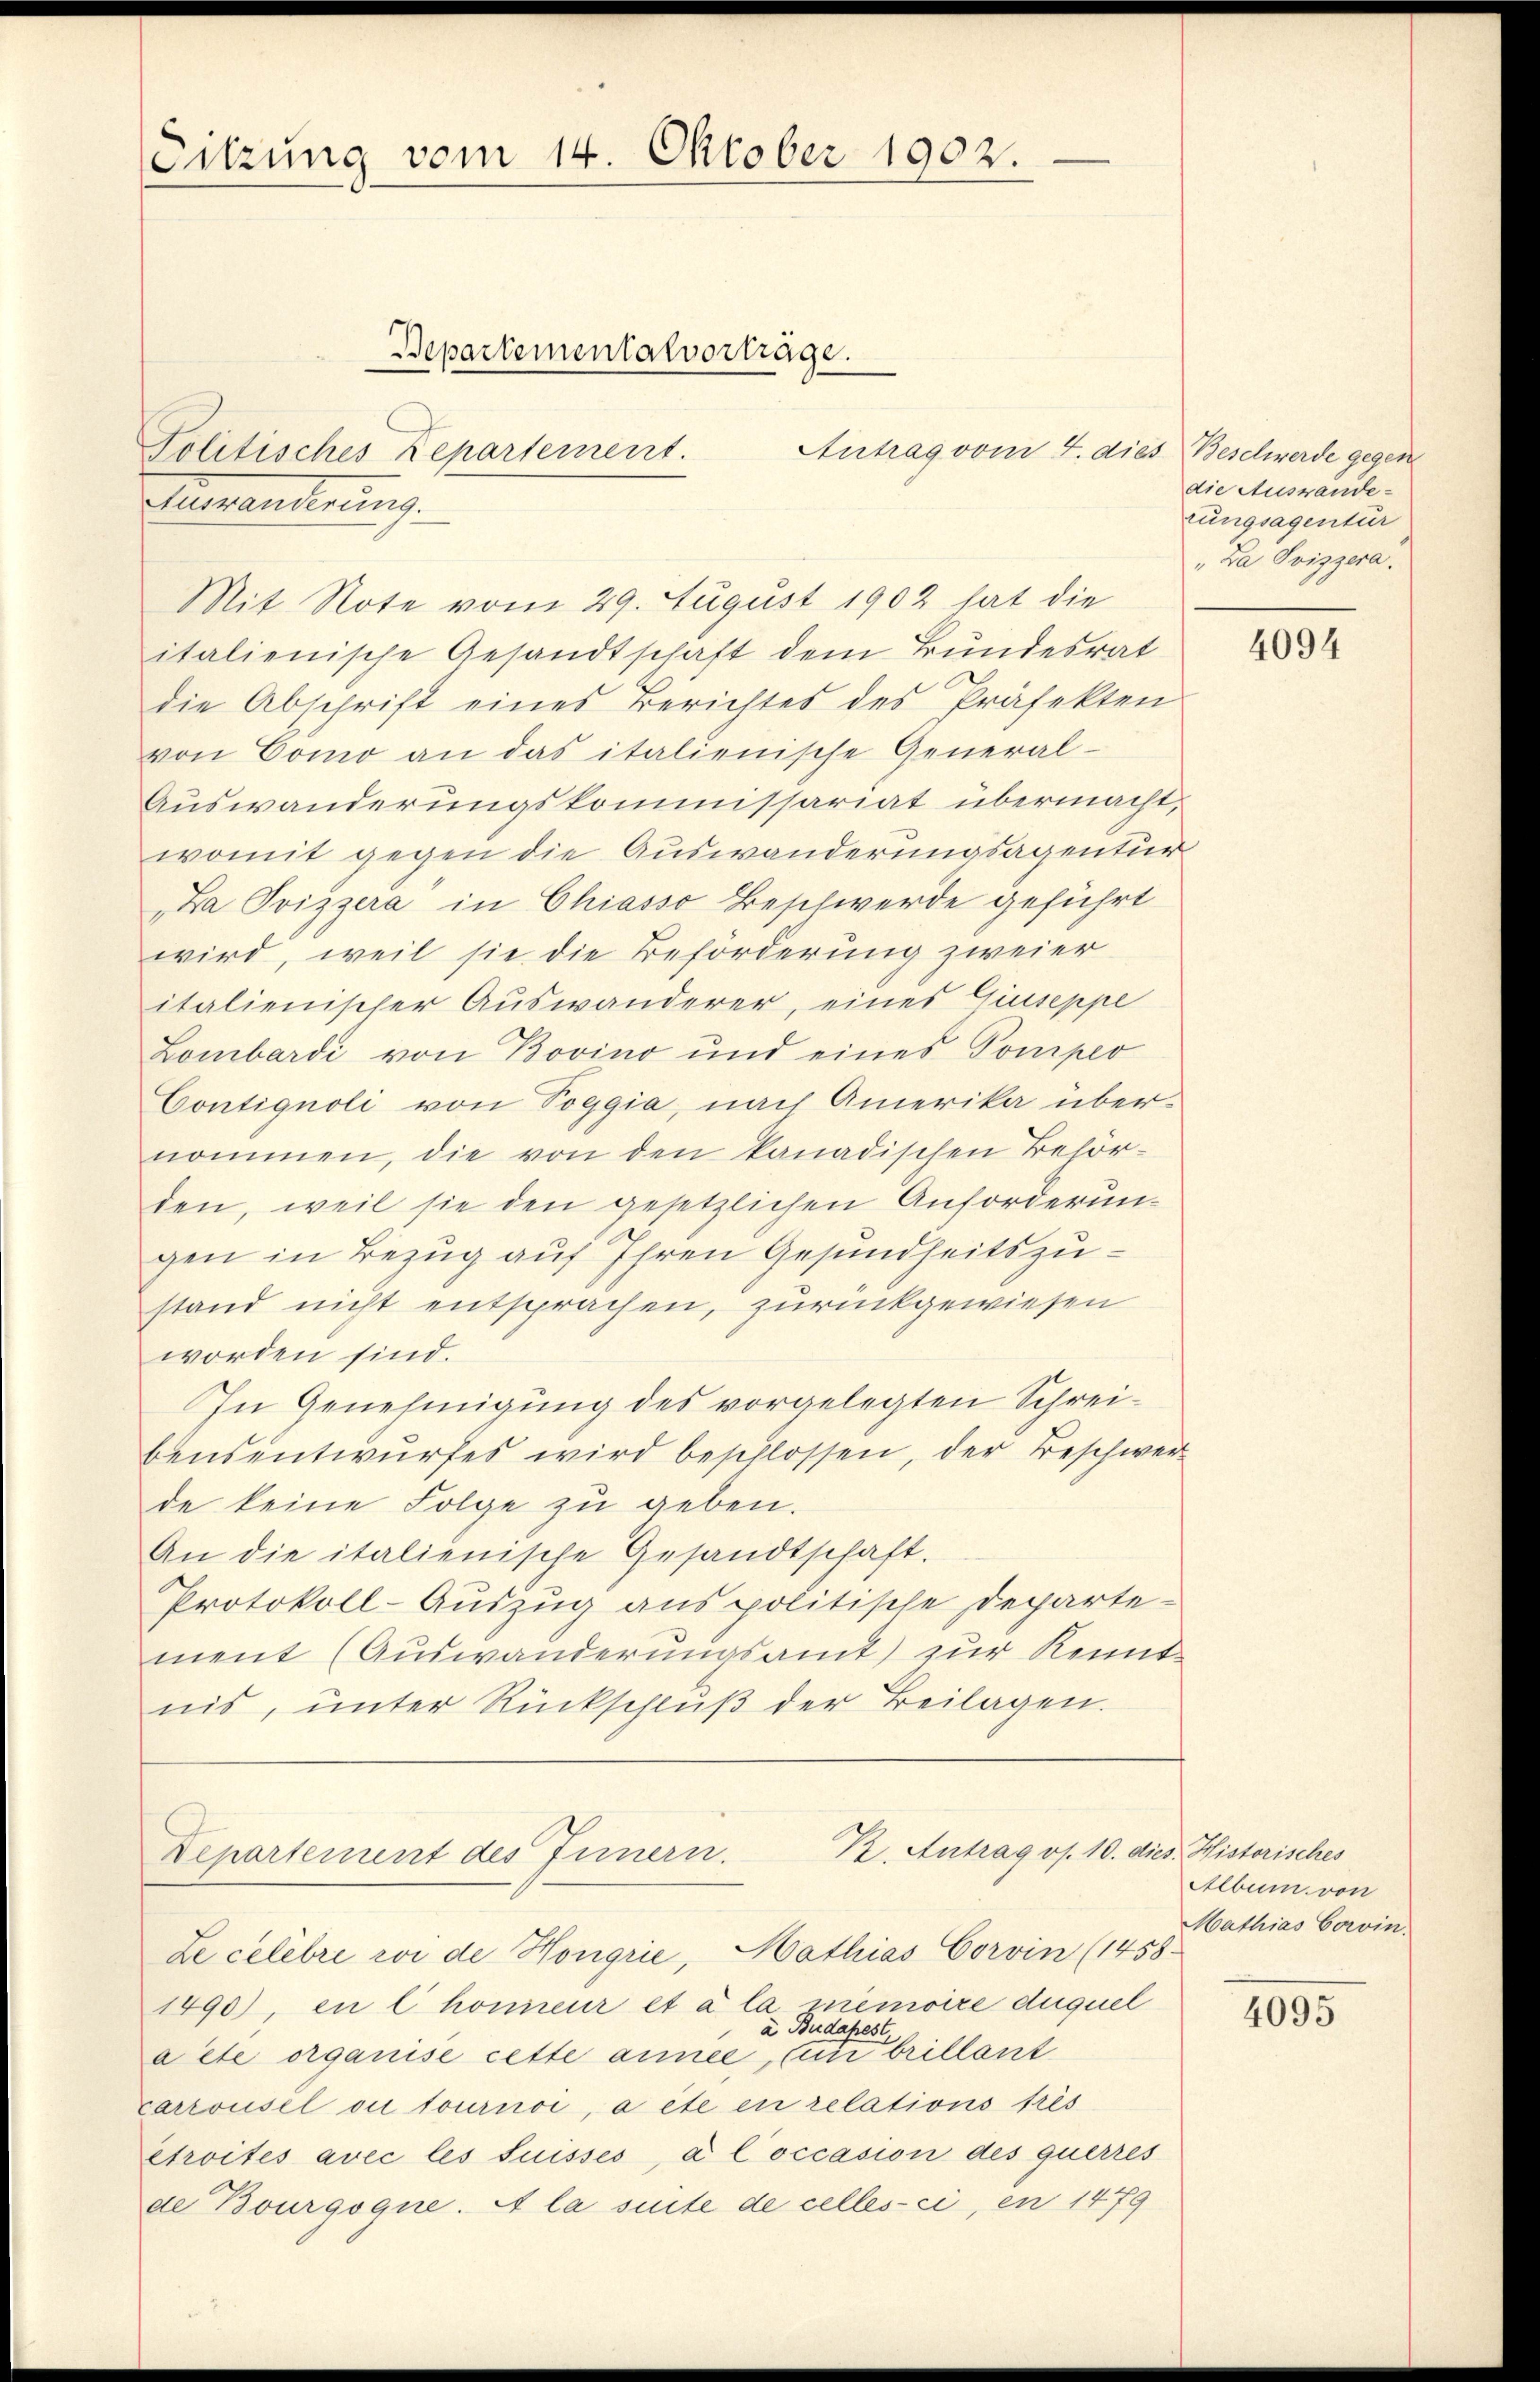
Sitzung vom 14. Oktober 1902.

Politisches Repartement.

Bepartementalvorträge.

Antrag vom 4. dies Beschwerde gegen
Ammanderung.
Mit Note vom 29. August 1902 hat die
italienische Gesandtschaft dem Bundesrat
die Abschrift eines Berichtes des Präfekten
von Como an das italienische General-
Auswanderungskommissariat übermacht,
womit gegen die Auswanderungsagentur
Za Svizzera in Chiasso Beschwerde geführt
wird, weil sie die Beförderung zweier
italienischer Auswanderer, eines Giuseppe
Lombardi von Bovino und eines Pomper
Contignoli von Toggia, nach Amerika übernommen, die von den kanadischen Behörden, weil sie den gesetzlichen Anforderun-
gen in Bezug auf Ihren Gesundheitszustand nicht entsprachen, zurückgewiesen
worden sind.
In Genehmigung des vorgelegten Schreibensentwurfes wird beschlossen, der Beschwer
de keine Folge zu geben.
An die italienische Gesandtschaft.
Protokoll-Auszug aus politische Departe-
ment (Auswanderungsamt zur Kenntnis, unter Rückschlŭβ der Beilagen.
K. Antrag os. 10. dies. Historisches
Departement des Innern.
Le celebre vor de Hongrie, Mathias Corvin (1458.
1490), en l. honneur et à la memoire duquel
a Budapest
aete organise cette année, un brillant
Carrousel ou tournoi, a été en relations fris
étroites avec les Suisses, à l’occasion des querres
de Bourgogne. A la suite de celles-ci, en 1479

die Auswande-
tungsagentür
"Da Svizzera.

4094

Album von
Mathias Corvin.

4095